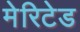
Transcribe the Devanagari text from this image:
मेरिटेड